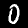
Label: 0